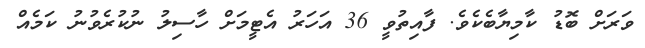
ވަރަށް ބޮޑު ކާމިޔާބެކެވެ. ފާއިތުވީ 36 އަހަރު އެޓީމަށް ހާސިލު ނުކުރެވުނު ކަމެއް